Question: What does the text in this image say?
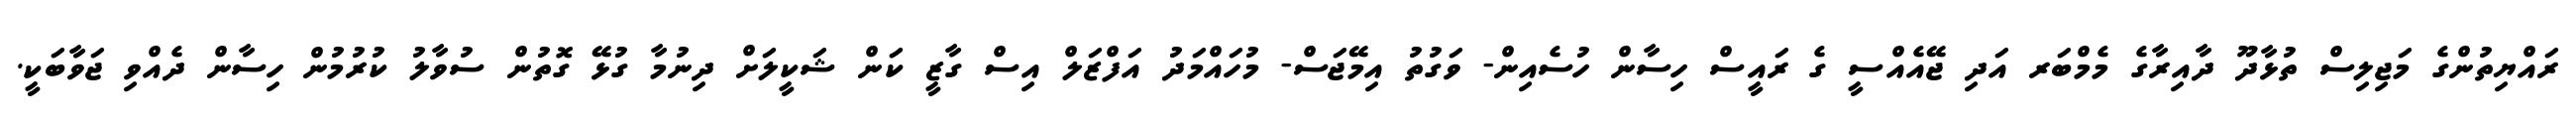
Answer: ރައްޔިތުންގެ މަޖިލިސް ތުޅާދޫ ދާއިރާގެ މެމްބަރ އަދި ޖޭއެއްސީ ގެ ރައީސް ހިސާން ހުސެއިން- ވަގުތު އިމޭޖަސް- މުހައްމަދު އަފްޒަލް އިސް ގާޒީ ކަން ޝަކީލަށް ދިނުމާ ގުޅޭ ގޮތުން ސުވާލު ކުރުމުން ހިސާން ދެއްވި ޖަވާބަކީ.